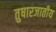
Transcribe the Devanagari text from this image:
तुषारजातीय